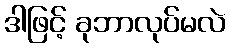
ဒါဖြင့် ခုဘာလုပ်မလဲ